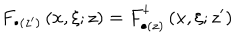
F _ { \bullet ( z ^ { \prime } ) } \left( x , \xi ; z \right) = F _ { \bullet ( z ) } ^ { \dagger } \left( x , \xi ; z ^ { \prime } \right)